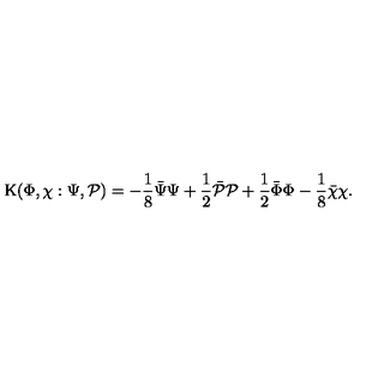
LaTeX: \mathrm { K } ( \Phi , \chi : \Psi , { \cal P } ) = - \frac 1 8 { \bar { \Psi } } { \Psi } + \frac 1 2 { \bar { \cal P } } { \cal P } + \frac 1 2 { \bar { \Phi } } { \Phi } - \frac 1 8 { \bar { \chi } } { \chi } .